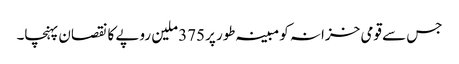
جس سے قومی خزانہ کو مبینہ طور پر375 ملین روپے کا نقصان پہنچا۔